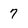
Character: 7